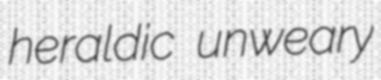
heraldic unweary